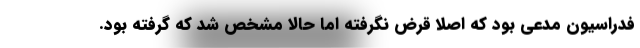
فدراسیون مدعی بود که اصلا قرض نگرفته اما حالا مشخص شد که گرفته بود.